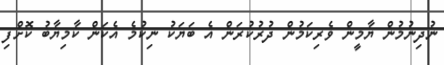
ނުދިނުމުން ޔާމީން ވެރިކަމުން ދުރުކުރަން އެ ބަޔަކު ނިކުމެ އެކަން ކާމިޔާބު ކޮށްފި